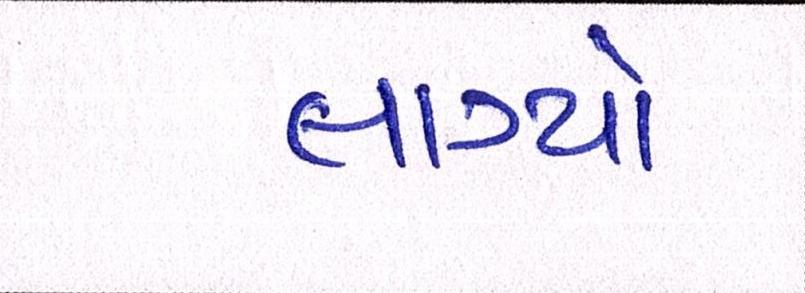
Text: લાગ્યો